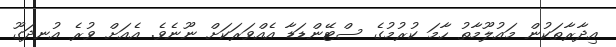
އިދާރާތަކުން މައުލޫމާތު ހާމަ ކުރުމުގެ ސްޓޭންޑަޑާ އެއްވަރަކަށް ނޫނެވެ. އެއަށް ވުރެ އުނދަގޫ